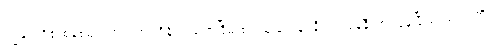
ကျွန်ုပ်တို့၏စနစ်များအတွက်ရရှိနိုင်မည့်အငြိမ်းစားယူခြင်းနှင့်နီးကပ်ရန်နီးကပ်နေပြီဖြစ်သည် ကို